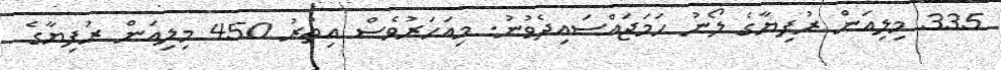
335 މިލިއަން ރުފިޔާގެ ލޯނު ހަމަޖައްސައިދެވުނު. މިއަހަރުވެސް އިތުރު 450 މިލިއަން ރުފިޔާގެ